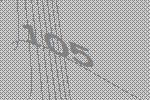
105